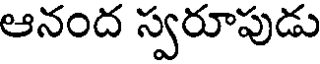
ఆనంద స్వరూపుడు